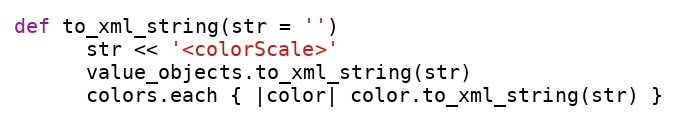
Language: Ruby
def to_xml_string(str = '')
      str << '<colorScale>'
      value_objects.to_xml_string(str)
      colors.each { |color| color.to_xml_string(str) }